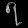
Digit: ၇